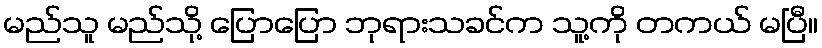
မည်သူ မည်သို့ ပြောပြော ဘုရားသခင်က သူ့ကို တကယ် မပြီ။